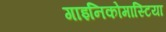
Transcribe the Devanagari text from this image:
गाइनिकोमास्टिया